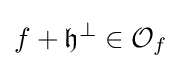
f+{\mathfrak {h}}^{\perp }\in {\mathcal {O}}_{f}